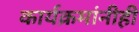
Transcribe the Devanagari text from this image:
कार्यक्रमांनीही